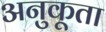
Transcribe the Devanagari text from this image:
अनुकूता